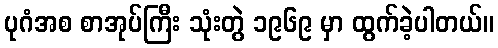
ပုဂံအစ စာအုပ်ကြီး သုံးတွဲ ၁၉၆၉ မှာ ထွက်ခဲ့ပါတယ်။